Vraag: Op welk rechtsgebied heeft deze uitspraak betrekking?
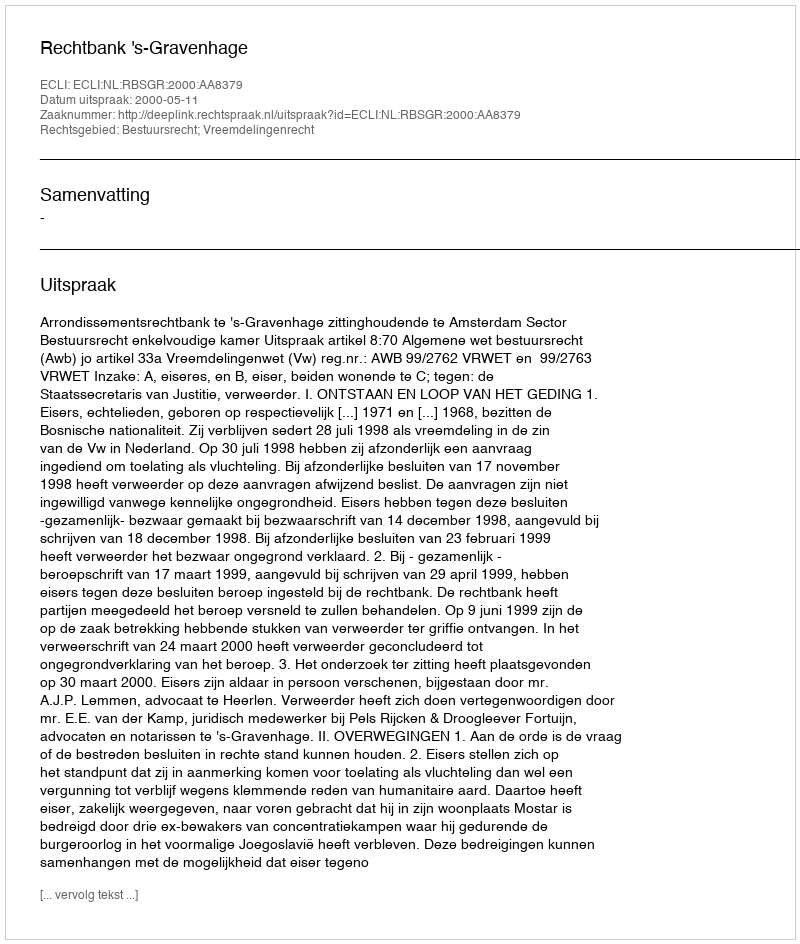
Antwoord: Bestuursrecht; Vreemdelingenrecht